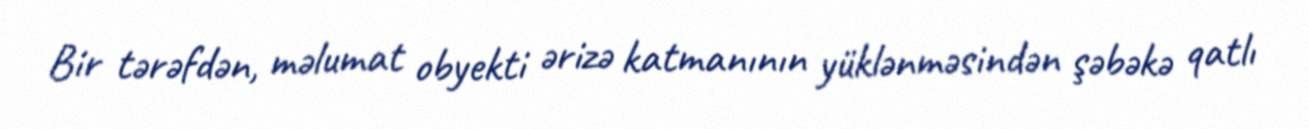
Bir tərəfdən, məlumat obyekti ərizə katmanının yüklənməsindən şəbəkə qatlı